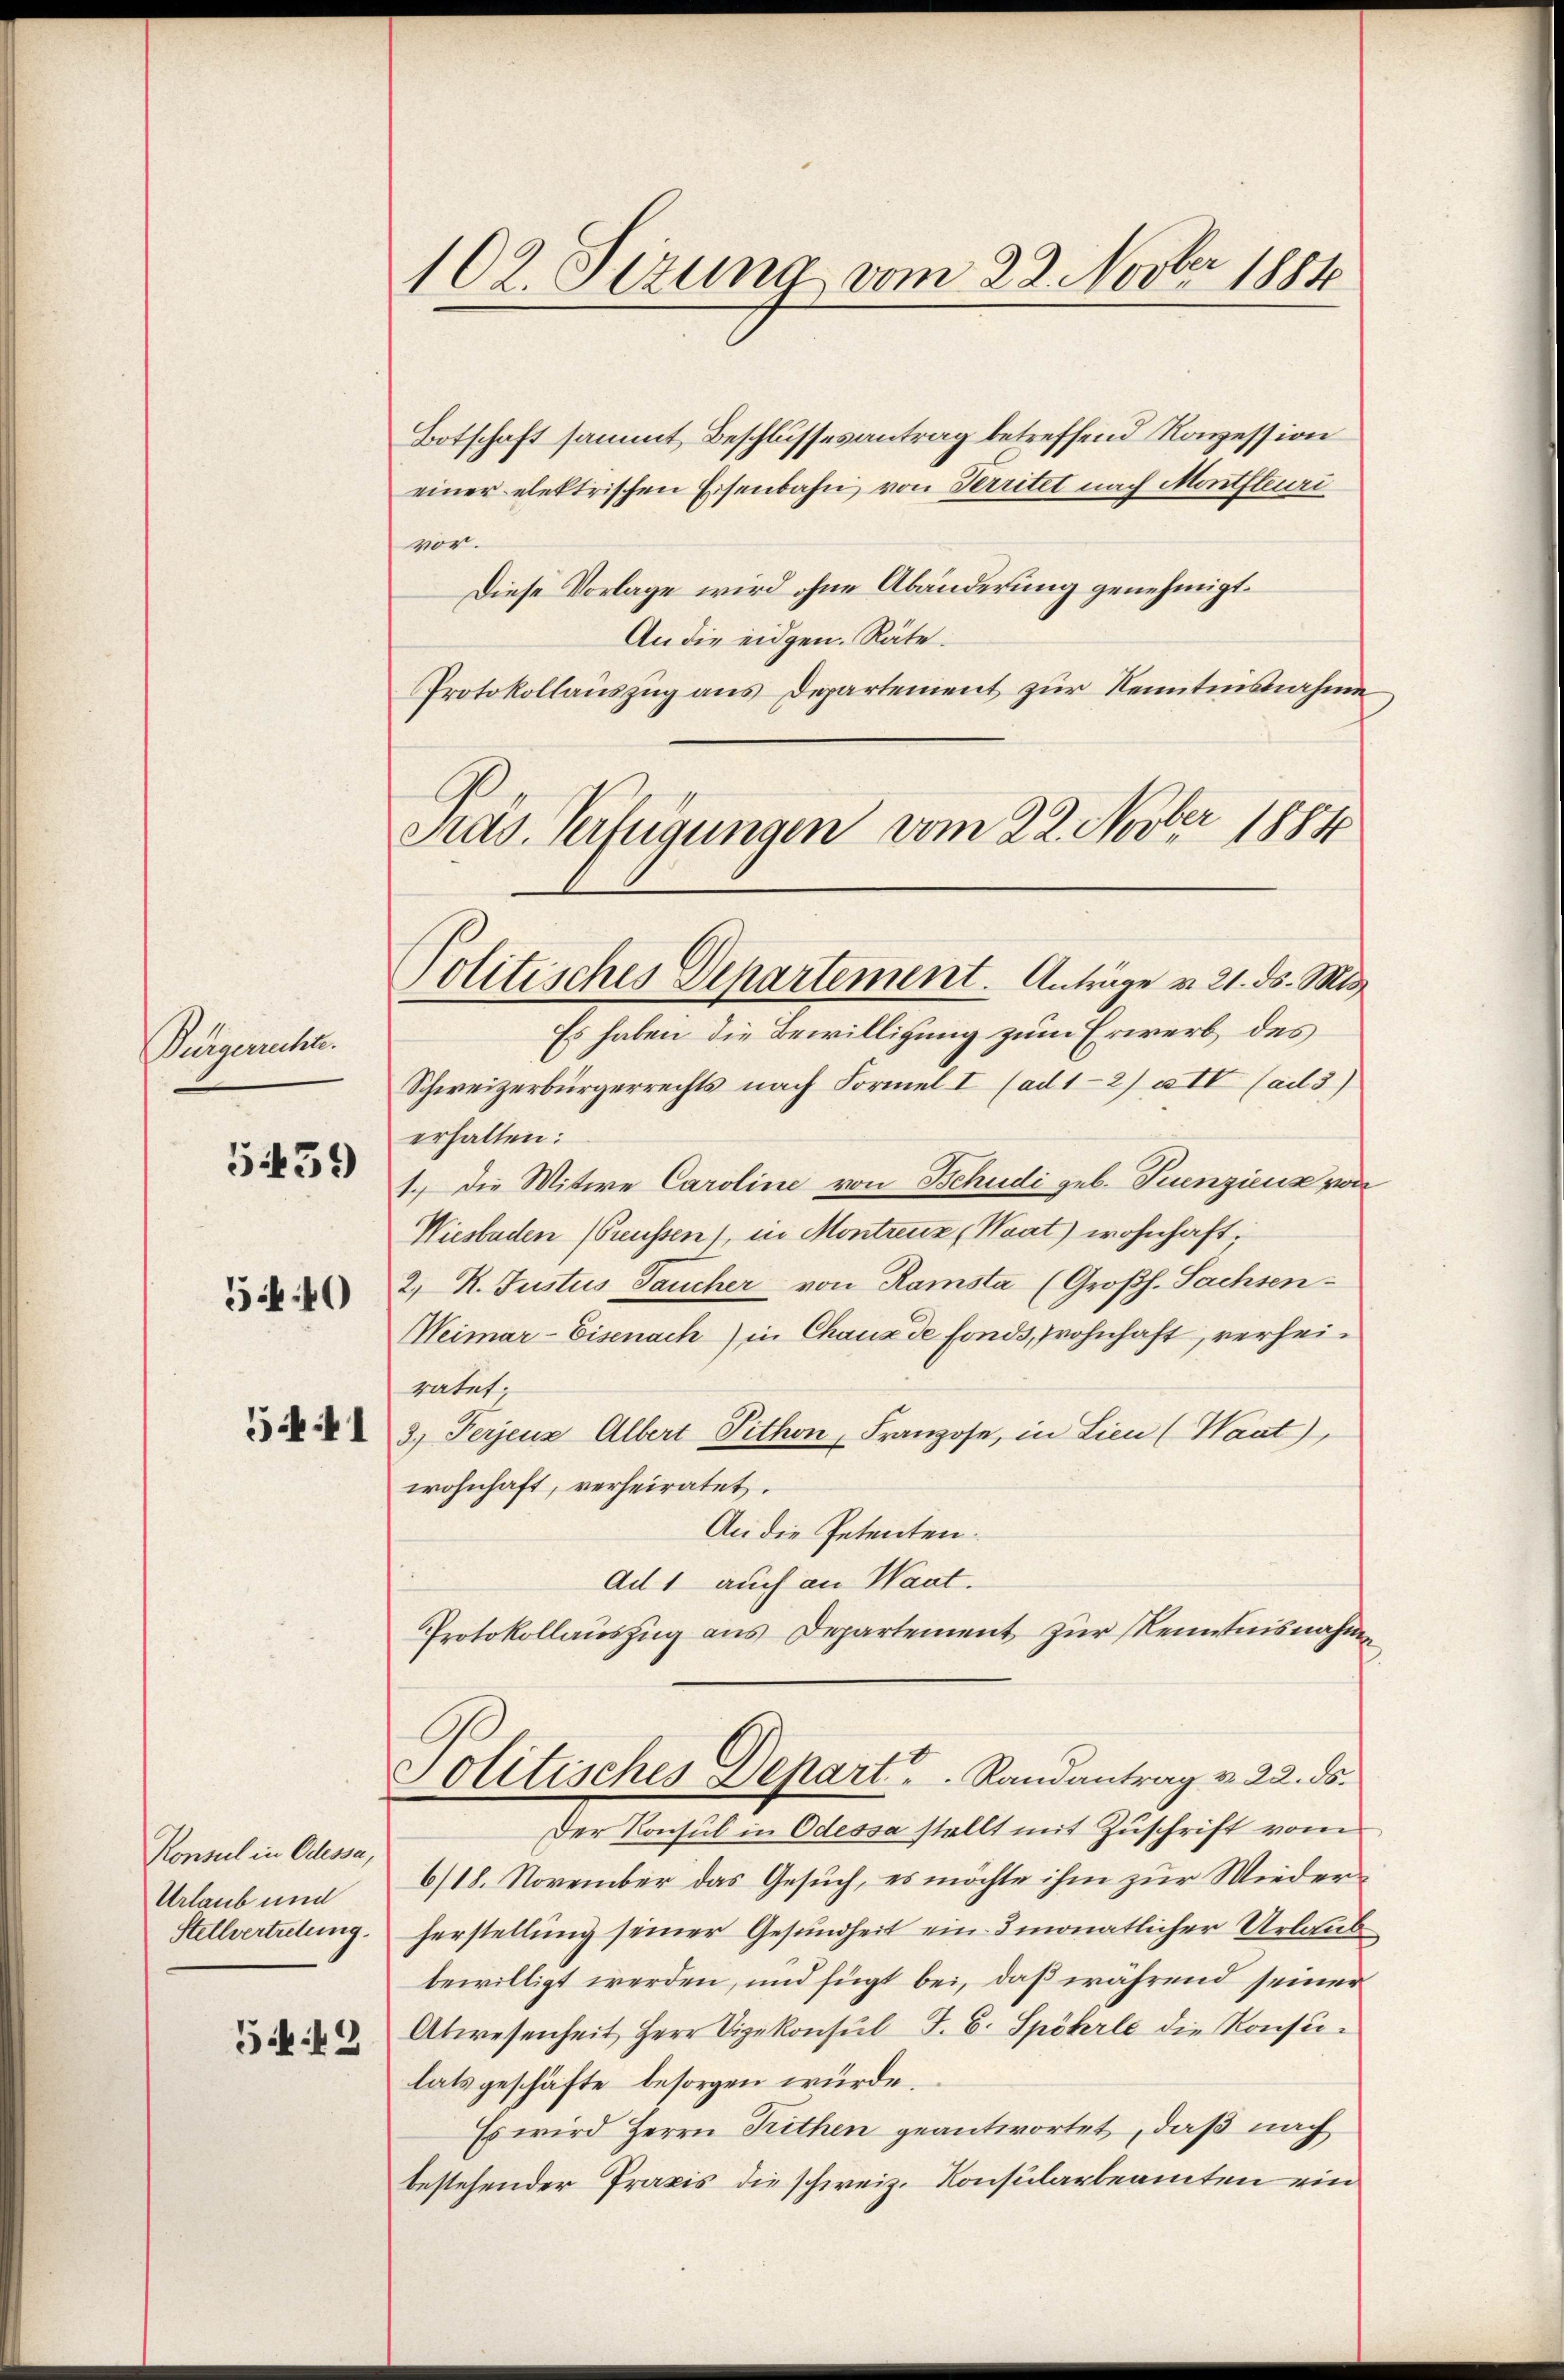
Bürgerichte.

539)

540

341

Konsul in Odessa,
Urlaub und
Stellvertretung.
5442

102. Sizung vom 22. Novber 18810

Botschaft sammt Beschlussesantrag betreffend Konzession
einer elektrischen Eisenbahn von Territet nach Montfleuri
vor.
Diese Vorlage wird ohne Abänderung genehmigt.
An die eidgen. Räte.
Protokollauszug aus Departement zur Kenntnisnahme
Pras. Verfügungen vom 22. Novber 1884

Politisches Departement. Anträge v. 21. ds. Mis

Es haben die Bewilligung zum Erwerb des
Schweizerbürgerrechts nach Formel I (ad 1-2) a IV (ad 3)
erhalten:
1.) Die Witwe Caroline von Behudi geb. Suenziens von
Wiesbaden (Preussen), in Montreuz (Waat) wohnhaft,
2 R. Justus Taucher von Ramsta (Großh. Sachsen¬
Weimar-Eisenach) in Chaux de fonds, wohnhaft, verheiratet
3.) Perjenz Albert Pithon, Franzose, in Lien (Waat),
wohnhaft, verheiratet.
An die Petenten.
Ad 1 auch an Waat.
Protokollauszug aus Departement zur Kenntnisnahme
Politisches Depart. Randantrag v. 22. ds.
Der Konsul in Odessa stellt mit Zuschrift vom
6/18. November das Gesuch, es möchte ihm zur Wiederherstellung seiner Gesundheit ein 3 monatlicher Urlaub
bewilligt werden, und fügt bei, daß während seiner
Abwesenheit, Herr Vizekonsul F. C. Spöhrle die Konsulatsgeschäfte besorgen würde.
Es wird Herrn Trithen geantwortet, daß nach
bestehender Praxis die schweiz. Konsularbeamten ein¬